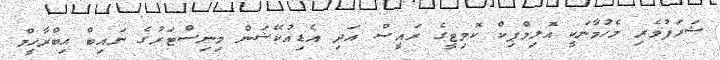
ޝަރަފުވެރި މެހުމާނަކީ އޮލިމްޕިކް ކޮމިޓީގެ ރައީސް އަދި އެޑިއުކޭޝަން މިނިސްޓަރުގެ ނައިބް އިބްރާހީމް